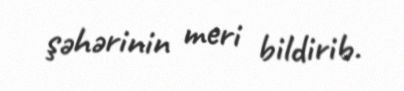
şəhərinin meri bildirib.